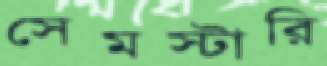
সেমস্টারি